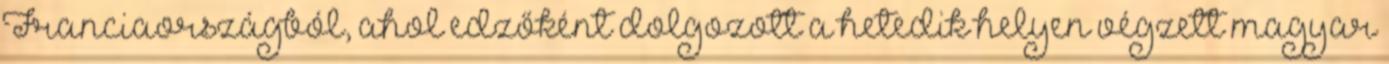
Franciaországból, ahol edzőként dolgozott a hetedik helyen végzett magyar